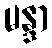
မန္ဒာ